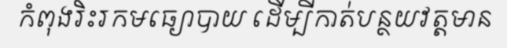
កំពុងរិះរកមធ្យោបាយ ដើម្បីកាត់បន្ថយវត្តមាន